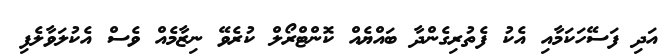
އަދި ފަސޭހަކަމާއި އެކު ފެތުރިގެންދާ ބައްޔެއް ކޮންޓްރޯލް ކުރެވޭ ނިޒާމެއް ވެސް އެކުލަވާލެފި